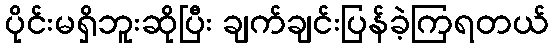
ပိုင်းမရှိဘူးဆိုပြီး ချက်ချင်းပြန်ခဲ့ကြရတယ်